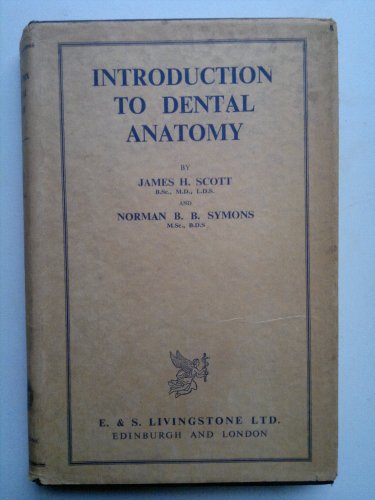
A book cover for Introduction to Dental Anatomy (Churchill Livingstone dental series); James Henderson Scott; Medical Books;